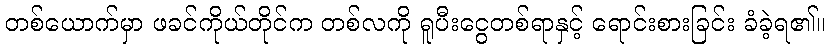
တစ်ယောက်မှာ ဖခင်ကိုယ်တိုင်က တစ်လကို ရူပီးငွေတစ်ရာနှင့် ရောင်းစားခြင်း ခံခဲ့ရ၏။